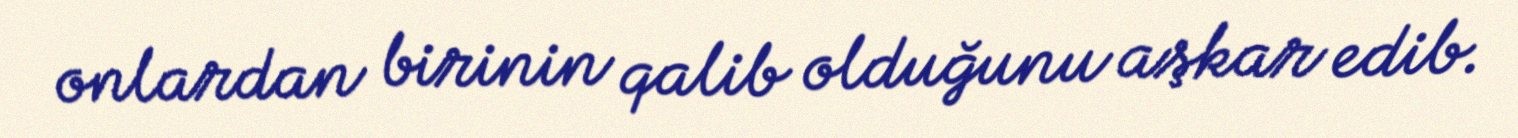
onlardan birinin qalib olduğunu aşkar edib.